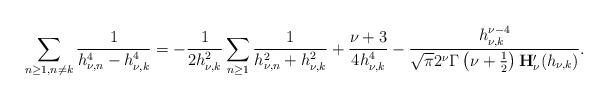
LaTeX: \begin{align*}\sum_{{{n\geq1},{n\neq{k}}}}\frac{1}{h_{\nu,n}^4-{h_{\nu,k}^4}}=-\frac{1}{2h_{\nu,k}^2}\sum_{{{n\geq1}}}\frac{1}{h_{\nu,n}^2+{h_{\nu,k}^2}}+\frac{\nu+3}{4h_{\nu,k}^4}-\frac{h_{\nu,k}^{\nu-4}}{\sqrt{\pi}2^{\nu}\Gamma\left(\nu+\frac{1}{2}\right)\mathbf{H}_{\nu}'(h_{\nu,k})}.\end{align*}